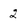
Character: 2